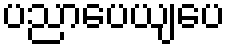
ပညာပေယျပေ